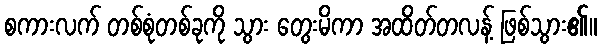
စကားလက် တစ်စုံတစ်ခုကို သွား တွေးမိကာ အထိတ်တလန့် ဖြစ်သွား၏။